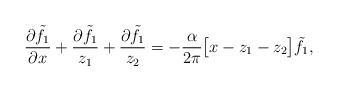
\begin{align*} \frac{\partial \tilde{f}_1}{\partial x} + \frac{\partial \tilde{f}_1}{z_1} + \frac{\partial \tilde{f}_1}{ z_2} = - \frac{\alpha}{2 \pi}\big[ x - z_1 - z_2 \big] \tilde{f}_1 ,\end{align*}